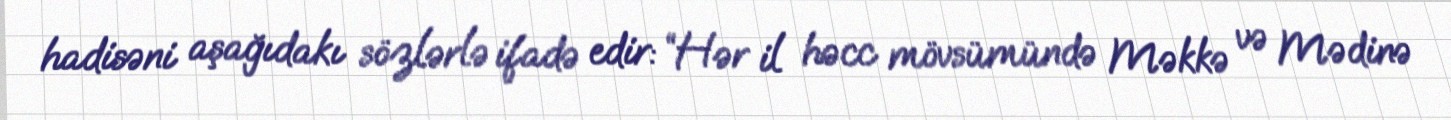
hadisəni aşağıdakı sözlərlə ifadə edir: “Hər il həcc mövsümündə Məkkə və Mədinə